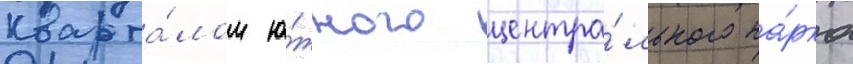
кварта́лом ю́жного центра́льного па́рка